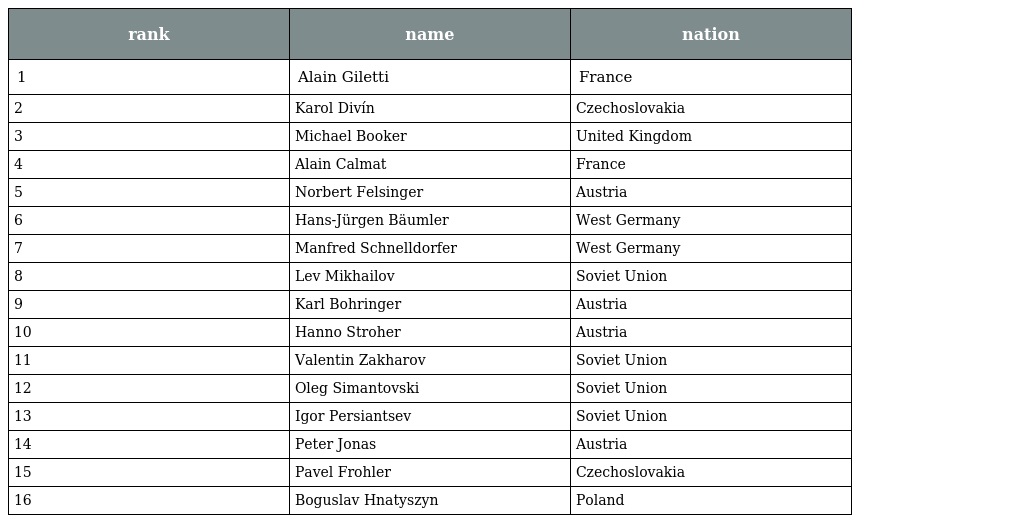
| rank | name | nation |
 | --- | --- | --- |
 | 1 | Alain Giletti | France |
 | 2 | Karol Divín | Czechoslovakia |
 | 3 | Michael Booker | United Kingdom |
 | 4 | Alain Calmat | France |
 | 5 | Norbert Felsinger | Austria |
 | 6 | Hans-Jürgen Bäumler | West Germany |
 | 7 | Manfred Schnelldorfer | West Germany |
 | 8 | Lev Mikhailov | Soviet Union |
 | 9 | Karl Bohringer | Austria |
 | 10 | Hanno Stroher | Austria |
 | 11 | Valentin Zakharov | Soviet Union |
 | 12 | Oleg Simantovski | Soviet Union |
 | 13 | Igor Persiantsev | Soviet Union |
 | 14 | Peter Jonas | Austria |
 | 15 | Pavel Frohler | Czechoslovakia |
 | 16 | Boguslav Hnatyszyn | Poland |